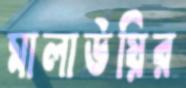
মালাউয়ির